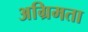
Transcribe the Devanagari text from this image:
अग्रिमता